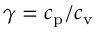
\gamma = c _ { \mathrm { p } } / c _ { \mathrm { v } }